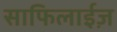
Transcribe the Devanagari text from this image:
साफिलाईज़